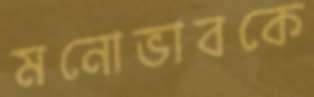
মনোভাবকে